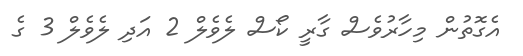
އެގޮތުން މިހާރުވެސް ގާރީ ކޯސް ލެވެލް 2 އަދި ލެވެލް 3 ގެ